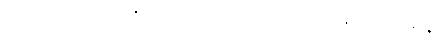
သင်ယူ၍။ အာစရိယဿ၊ ဆရာအား။ အာစရိယဓနံ၊